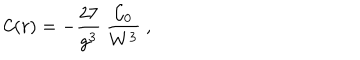
{ \cal C } ( r ) = - { \frac { 2 7 } { g ^ { 3 } } } ~ { \frac { { \cal C } _ { 0 } } { W ^ { 3 } } } \ ,